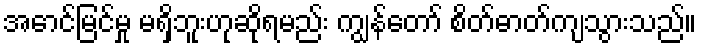
အောင်မြင်မှု မရှိဘူးဟုဆိုရမည်း ကျွန်တော် စိတ်ဓာတ်ကျသွားသည်။